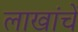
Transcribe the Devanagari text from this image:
लाखांचें